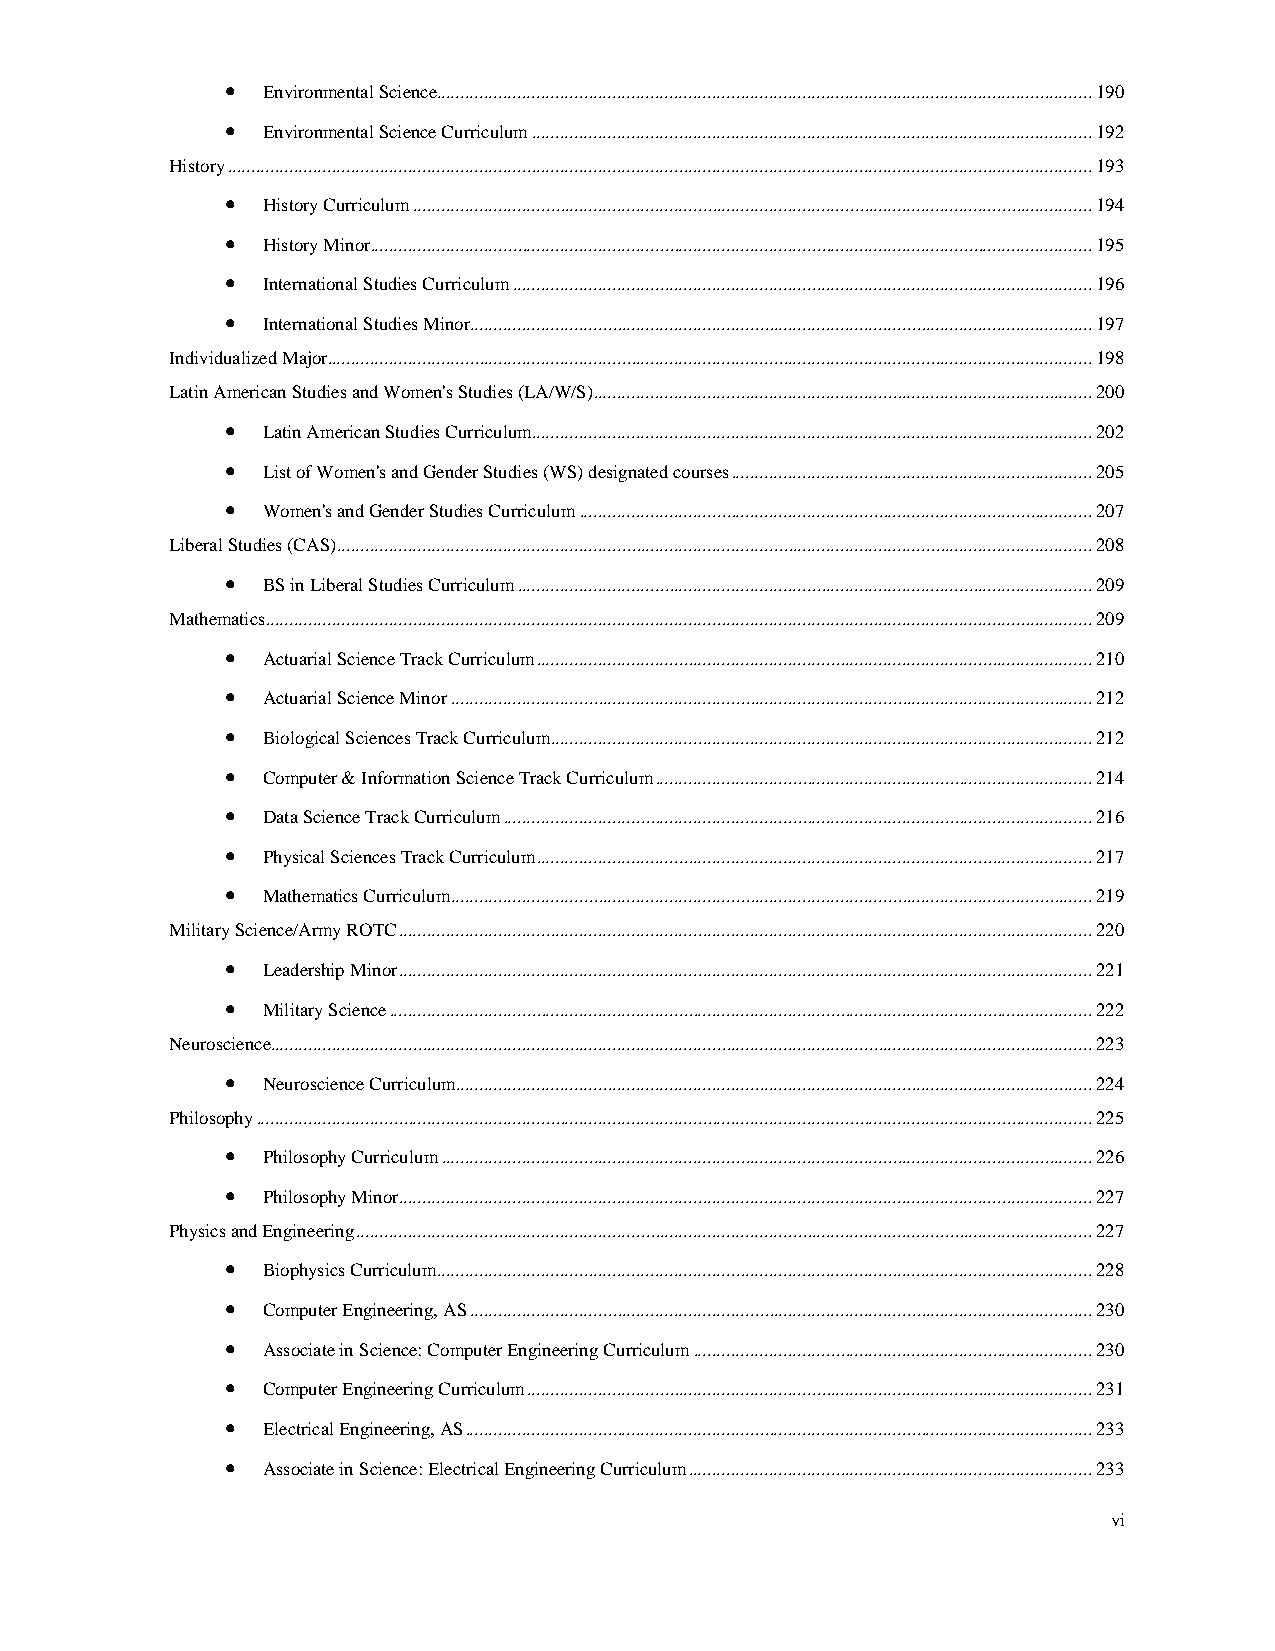
• Environmental Science.......................................................................................................................................... 190
 • Environmental Science Curriculum ...................................................................................................................... 192
 History ...................................................................................................................................................................................... 193
 • History Curriculum ............................................................................................................................................... 194
 • History Minor ........................................................................................................................................................ 195
 • International Studies Curriculum .......................................................................................................................... 196
 • International Studies Minor ................................................................................................................................... 197
 Individualized Major ................................................................................................................................................................. 198
 Latin American Studies and Women's Studies (LA/W/S)......................................................................................................... 200
 • Latin American Studies Curriculum ...................................................................................................................... 202
 • List of Women's and Gender Studies (WS) designated courses ............................................................................ 205
 • Women's and Gender Studies Curriculum ............................................................................................................ 207
 Liberal Studies (CAS) ............................................................................................................................................................... 208
 • BS in Liberal Studies Curriculum ......................................................................................................................... 209
 Mathematics .............................................................................................................................................................................. 209
 • Actuarial Science Track Curriculum ..................................................................................................................... 210
 • Actuarial Science Minor ....................................................................................................................................... 212
 • Biological Sciences Track Curriculum .................................................................................................................. 212
 • Computer & Information Science Track Curriculum ............................................................................................ 214
 • Data Science Track Curriculum ............................................................................................................................ 216
 • Physical Sciences Track Curriculum ..................................................................................................................... 217
 • Mathematics Curriculum ....................................................................................................................................... 219
 Military Science/Army ROTC .................................................................................................................................................. 220
 • Leadership Minor .................................................................................................................................................. 221
 • Military Science .................................................................................................................................................... 222
 Neuroscience............................................................................................................................................................................. 223
 • Neuroscience Curriculum ...................................................................................................................................... 224
 Philosophy ................................................................................................................................................................................ 225
 • Philosophy Curriculum ......................................................................................................................................... 226
 • Philosophy Minor .................................................................................................................................................. 227
 Physics and Engineering ........................................................................................................................................................... 227
 • Biophysics Curriculum.......................................................................................................................................... 228
 • Computer Engineering, AS ................................................................................................................................... 230
 • Associate in Science: Computer Engineering Curriculum .................................................................................... 230
 • Computer Engineering Curriculum ....................................................................................................................... 231
 • Electrical Engineering, AS .................................................................................................................................... 233
 • Associate in Science: Electrical Engineering Curriculum ..................................................................................... 233
 vi